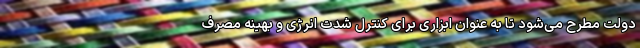
دولت مطرح می‌شود تا به عنوان ابزاری برای کنترل شدت انرژی و بهینه مصرف